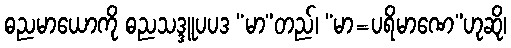
ဓညမာယောကို ဓညသဒ္ဒူပပဒ “မာ”တည်၊ “မာ=ပရိမာဏေ”ဟုဆို၊